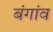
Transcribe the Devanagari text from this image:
बंगांव